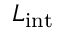
{ \cal L } _ { \mathrm { i n t } }